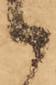
候